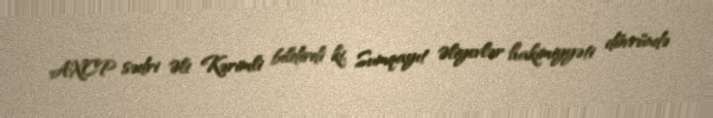
AXCP sədri Əli Kərimli bildirdi ki, Sumqayıt Əliyevlər hakimiyyəti dövründə